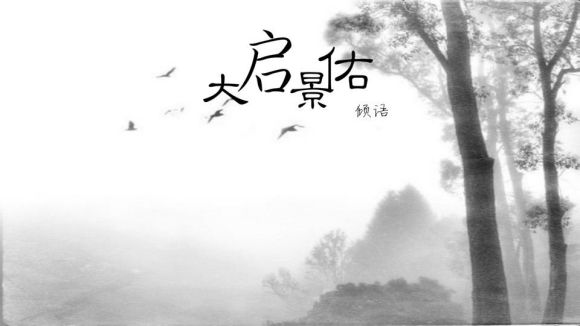
鸿雁不堪愁里听，云山况是客中过。